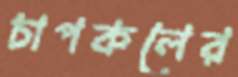
চাপকলের